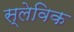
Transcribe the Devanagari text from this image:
स्लेविक